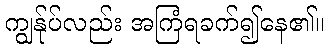
ကျွန်ုပ်လည်း အကြံရခက်၍နေ၏။